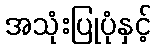
အသုံးပြုပုံနှင့်